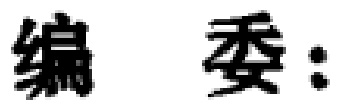
编委: